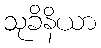
သုခိနိယာ